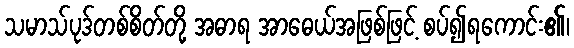
သမာသ်ပုဒ်တစ်စိတ်တို့ အဓာရ အာဓေယ်အဖြစ်ဖြင့် စပ်၍ရကောင်း၏၊